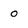
Character: 0